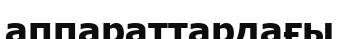
аппараттардағы